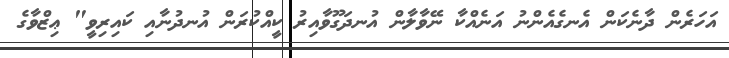
އަހަރެން ދާނެކަން އެނގެއެންނު އަނެއްކާ ނޭވާލާން އުނދަގޫވާއިރު ކީއްކުރަން އުނދުނާއި ކައިރިވީ" ޢިޒްވާގެ